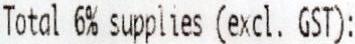
TOTAL 6% SUPPLIES (EXCL. GST):